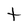
Character: t